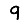
Digit: 9